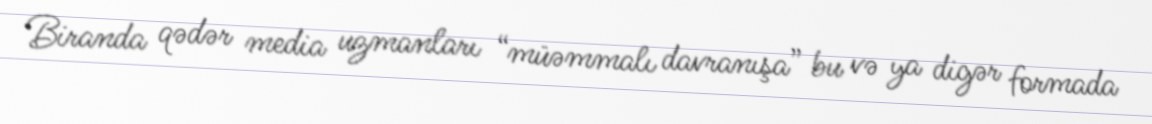
Biranda qədər media uzmanları “müəmmalı davranışa” bu və ya digər formada